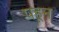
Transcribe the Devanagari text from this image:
पहून